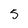
Character: 5